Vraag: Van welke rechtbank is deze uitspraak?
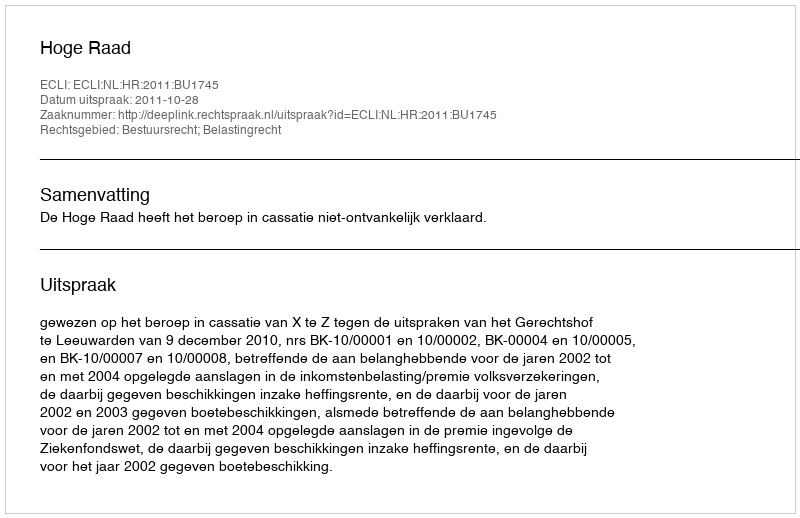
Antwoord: Hoge Raad